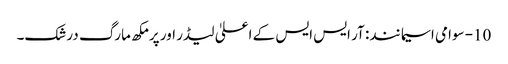
10- سوامی اسیما نند: آر ایس ایس کے اعلیٰ لیڈر اور پرمکھ مارگ درشک۔